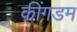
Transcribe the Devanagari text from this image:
कींगडम